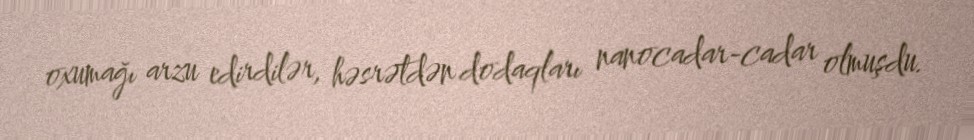
oxumağı arzu edirdilər, həsrətdən dodaqları nanocadar-cadar olmuşdu.